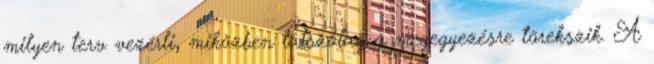
milyen terv vezérli, miközben látszólag a megegyezésre törekszik. A